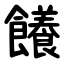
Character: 䭥